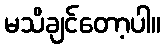
မသိချင်တော့ပါ။